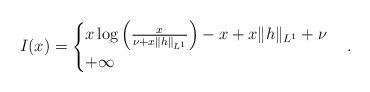
LaTeX: \begin{align*}I(x)=\begin{cases}x\log\left(\frac{x}{\nu+x\Vert h\Vert_{L^{1}}}\right)-x+x\Vert h\Vert_{L^{1}}+\nu &\\+\infty &\end{cases}.\end{align*}